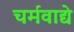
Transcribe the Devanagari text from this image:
चर्मवाद्ये